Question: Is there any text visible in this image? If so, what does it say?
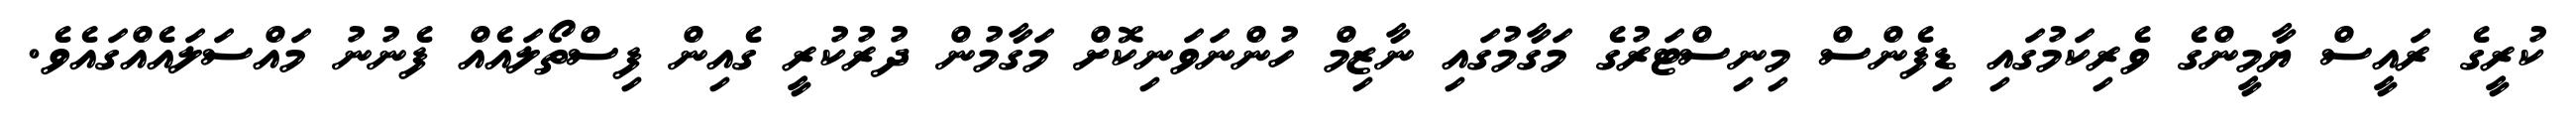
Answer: ކުރީގެ ރައީސް ޔާމީންގެ ވެރިކަމުގައި ޑިފެންސް މިނިސްޓަރުގެ މަގާމުގައި ނާޒިމް ހުންނަވަނިކޮށް މަގާމުން ދުރުކުރީ ގެއިން ފިސްތޯލައެއް ފެނުނު މައްސަލައެއްގައެވެ.